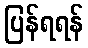
ပြန်ရရန်